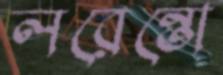
লরেন্তো